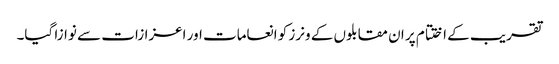
تقریب کے اختتام پر ان مقابلوں کے ونرز کو انعامات اور اعزازات سے نوازا گیا۔